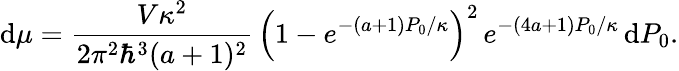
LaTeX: \mathrm{d}\mu=\frac{{V\kappa^{2}}}{{2\pi^{2}\hbar^{3}(a+1)^{2}}}\, \left(1-e^{-(a+1)P_{0}/\kappa}\right)^{2}\, e^{-(4a+1)P_{0}/\kappa}\, \mathrm{d}P_{0}.